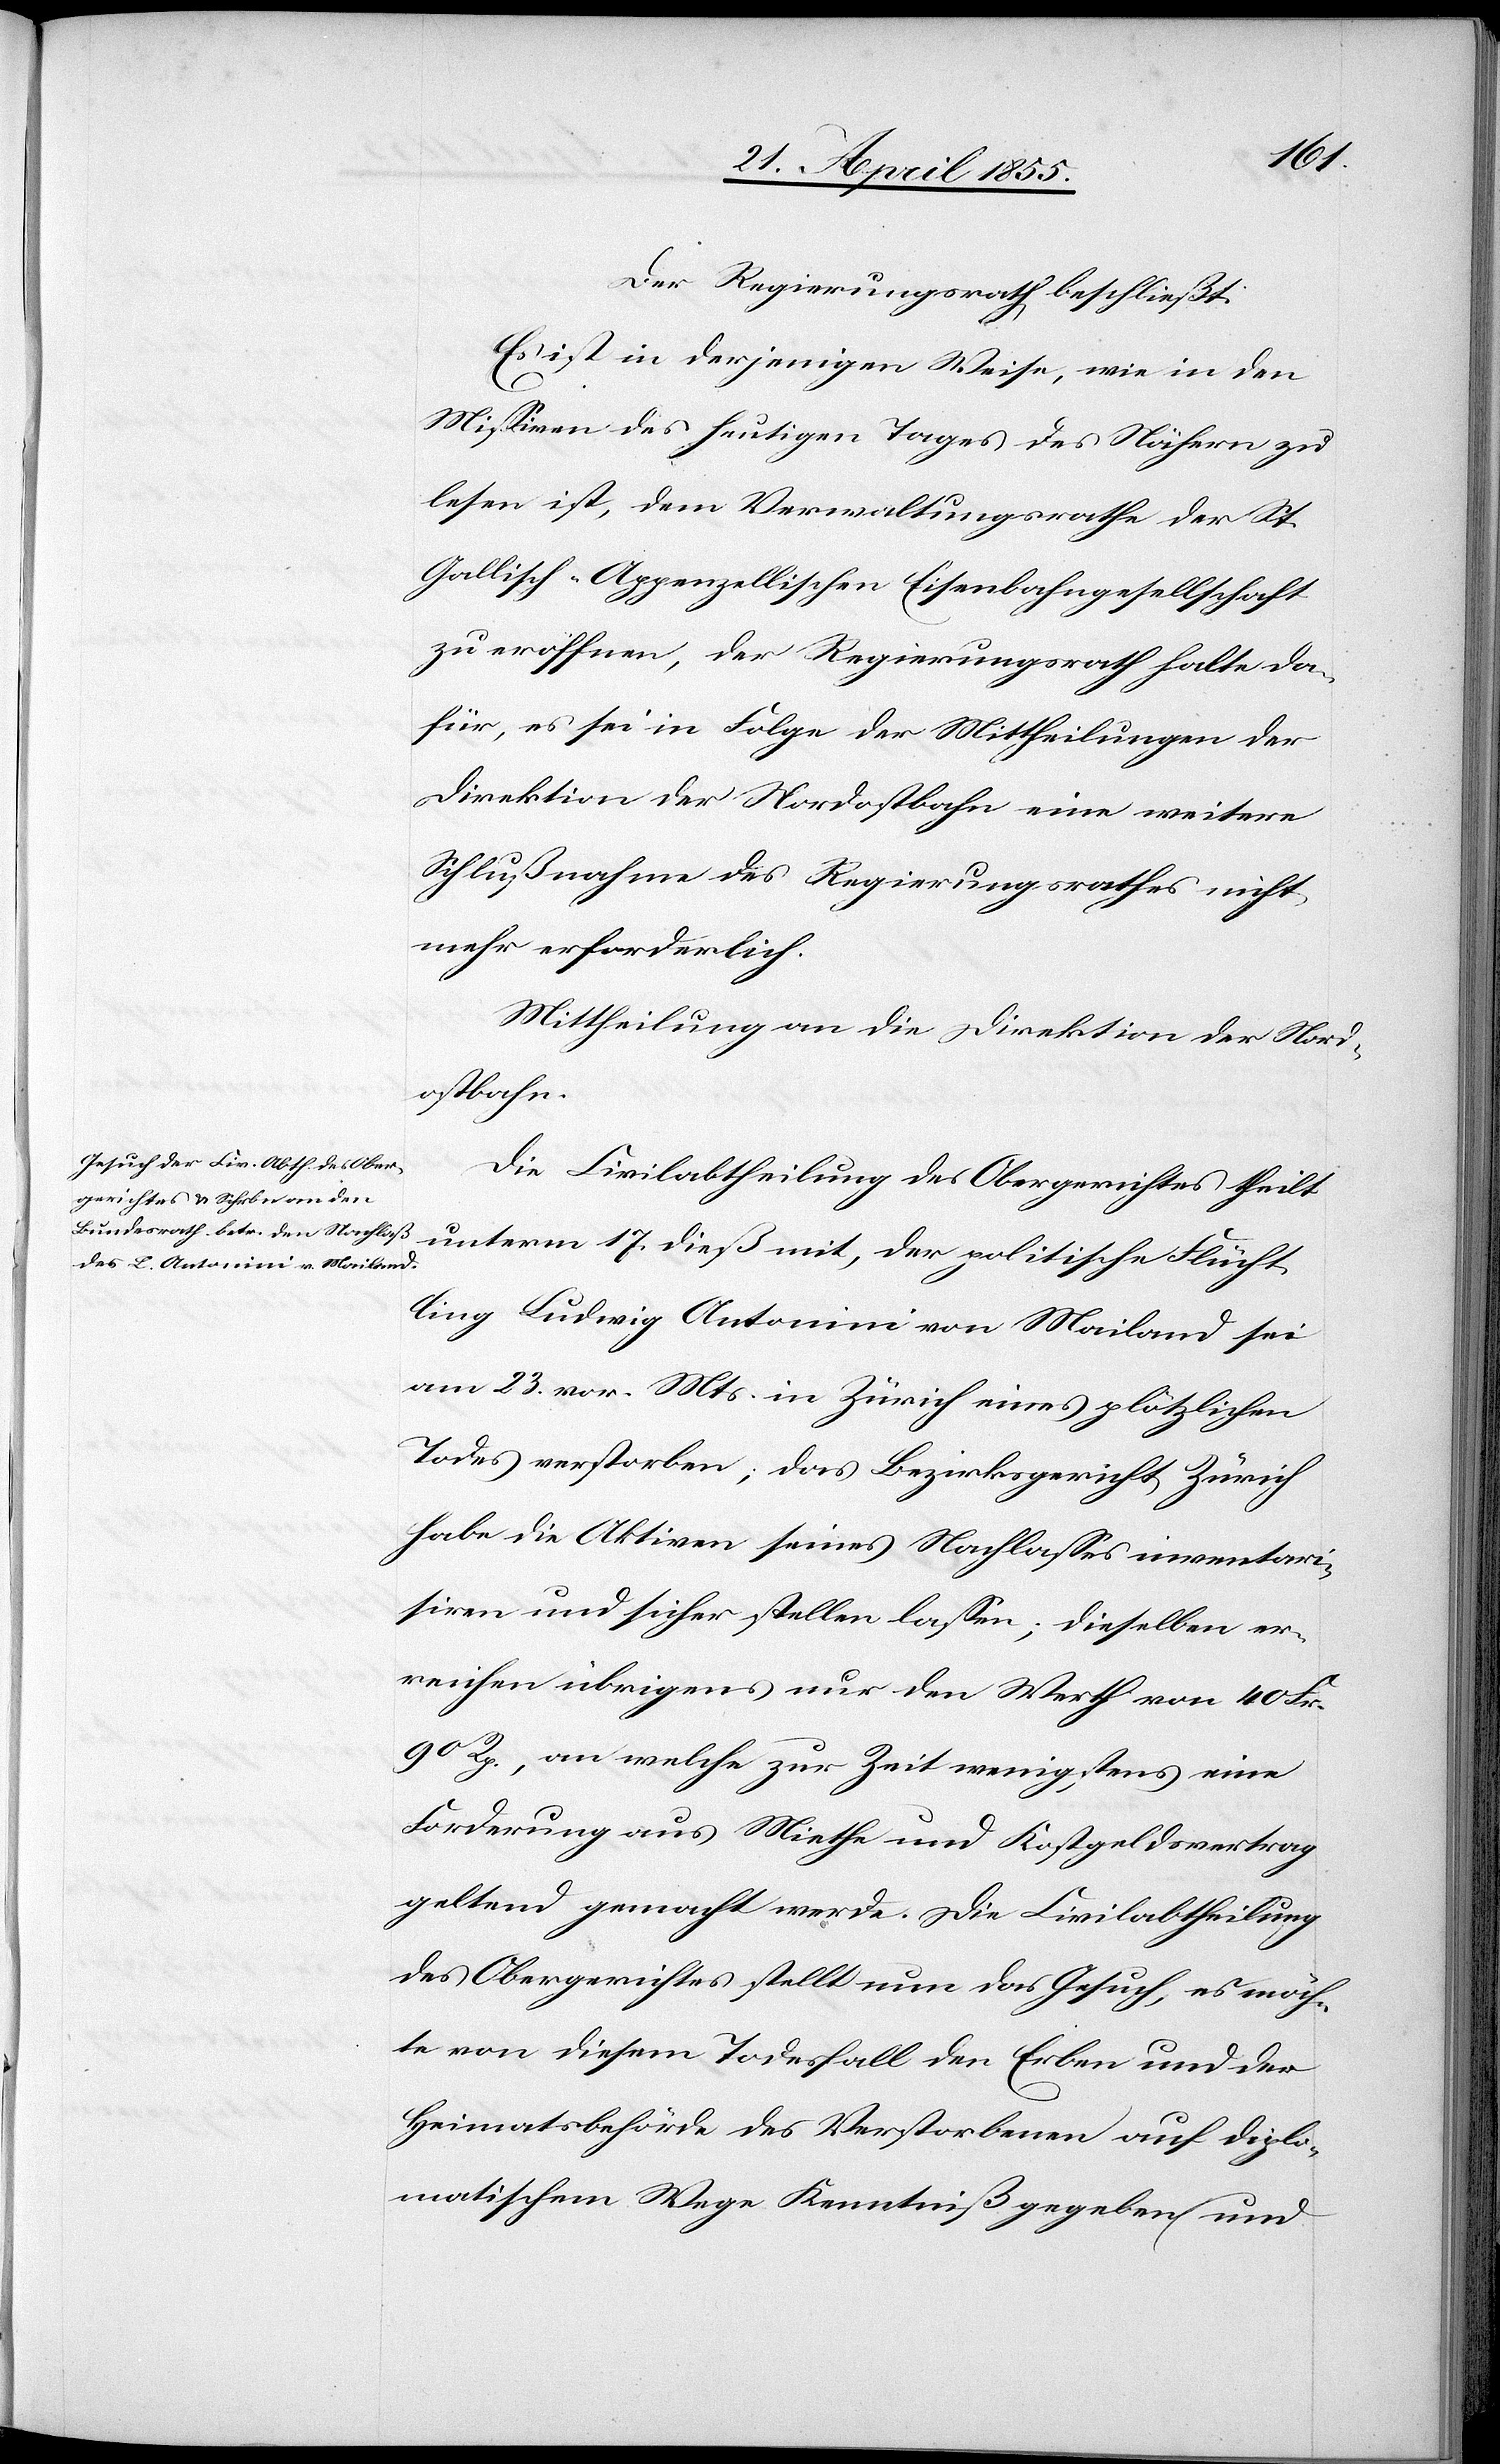
Der Regierungsrath beschließt:
Es ist in derjenigen Weise, wie in den
Missiven des heutigen Tages des Nähern zu
lesen ist, dem Verwaltungsrathe der St.
Gallisch-Appenzellischen Eisenbahngesellschaft
zu eröffnen, der Regierungsrath halte da¬
für, es sei in Folge der Mittheilungen der
Direktion der Nordostbahn eine weitere
Schlußnahme des Regierungsrathes nicht
mehr erforderlich.
Mittheilung an die Direktion der Nord¬
ostbahn.
Die Civilabtheilung des Obergerichtes theilt
unterm 17. dieß mit, der politische Flücht¬
ling Ludwig Antonini von Mailand sei
am 23. vor. Mts. in Zürich eines plötzlichen
Todes verstorben; das Bezirksgericht Zürich
habe die Aktiven seines Nachlasses inventari¬
siren und sicher stellen lassen; dieselben er¬
reichen übrigens nur den Werth von 40 Fr.
90 Rp., an welche zur Zeit wenigstens eine
Forderung aus Miethe und Kostgeldsvertrag
geltend gemacht werde. Die Civilabtheilung
des Obergerichtes stellt nun das Gesuch, es möch¬
te von diesem Todesfall den Erben und der
Heimatsbehörde des Verstorbenen auf diplo¬
matischem Wege Kenntniß gegeben und